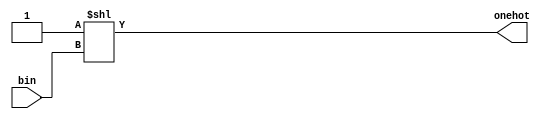
module bin_onehot(input [3:0] bin,output [7:0]onehot);

assign onehot = 1'b1<< bin;

endmodule